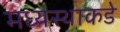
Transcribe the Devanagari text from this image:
मध्यस्थाकडे